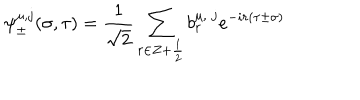
LaTeX: \psi _ { \pm } ^ { \mu , j } ( \sigma , \tau ) = \frac { 1 } { \sqrt 2 } \sum _ { r \in Z + \frac { 1 } { 2 } } b _ { r } ^ { \mu , \; j } e ^ { - i r ( \tau \pm \sigma ) }